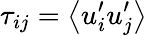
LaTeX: \tau_{ij}=\left<u_{i}^{\prime}u_{j}^{\prime}\right>